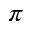
\pi